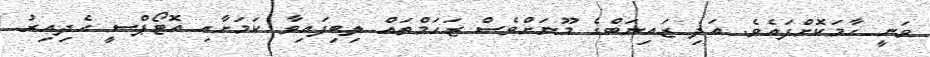
ވަނީ ހާމަކޮށްފައެވެ. އަދި ޒައިނަބްގެ މޫނަށްވެސް ޒަހަމްތައް ލިބިފައިވާ ކަމަށާއި އޮޓޯޕްސީ ހެދިއިރު